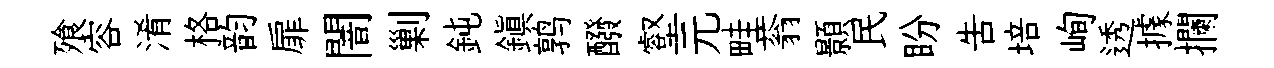
飱容淆格韵扉闇剿鈍鎭鹑醱壑元畦蓊顥民盼告培峋透據攔